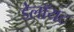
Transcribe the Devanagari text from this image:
डेलॉयट